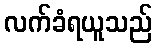
လက်ခံရယူသည်